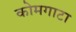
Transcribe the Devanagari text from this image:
कोमगाटा